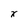
Character: x